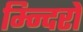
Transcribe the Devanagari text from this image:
म्न्दिरों